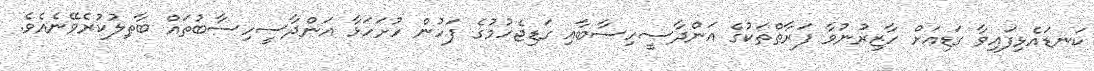
ކަނޑައެޅިފައިވާ ގަޑިއަށް ހާޒިރުނުވާ ފަރާތްތަކުގެ އަންދާސީހިސާބާއި ގަޑިޖެހުމުގެ ފަހުން ހުށަހަޅާ އަންދާސީހިސާބުތައް ބާޠިލުކުރެވޭނެއެވެ.